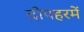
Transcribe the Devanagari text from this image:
दोपहरमें